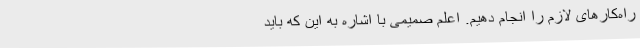
راه‌کارهای لازم را انجام دهیم. اعلم صمیمی با اشاره به این که باید